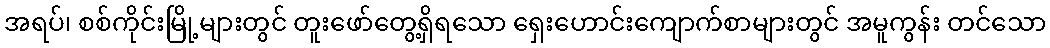
အရပ်၊ စစ်ကိုင်းမြို့များတွင် တူးဖော်တွေ့ရှိရသော ရှေးဟောင်းကျောက်စာများတွင် အမူကွန်း တင်သော